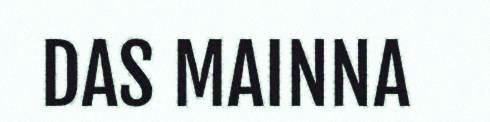
DAS MAINNA